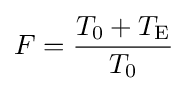
F={\frac {T_{0}+T_{\text{E}}}{T_{0}}}